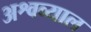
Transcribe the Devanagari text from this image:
अश्वव्याल